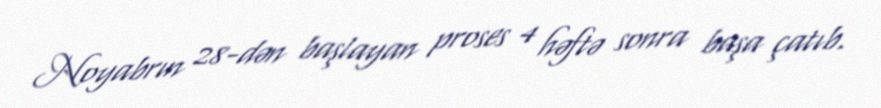
Noyabrın 28-dən başlayan proses 4 həftə sonra başa çatıb.